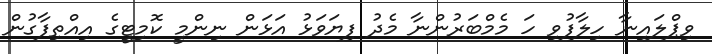
ވިޕްލައިނާ ހިލާފުވި ހަ މެމްބަރުންނާ މެދު ފިޔަވަޅު އަޅަން ނިންމީ ކޮމިޓީގެ އިއްތިފާގުން